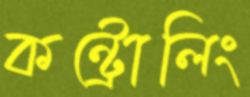
কন্ট্রোলিং